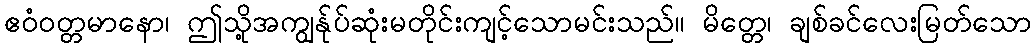
ဧဝံဝတ္တမာနော၊ ဤသို့အကျွန်ုပ်ဆုံးမတိုင်းကျင့်သောမင်းသည်။ မိတ္တေ၊ ချစ်ခင်လေးမြတ်သော